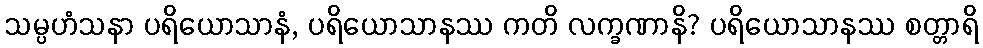
သမ္ပဟံသနာ ပရိယောသာနံ, ပရိယောသာနဿ ကတိ လက္ခဏာနိ? ပရိယောသာနဿ စတ္တာရိ